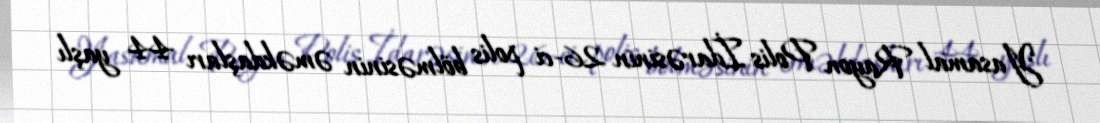
Yasamal Rayon Polis İdarəsinin 26-ci polis bölməsinin əməkdaşları 44 yaşlı